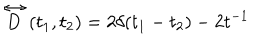
LaTeX: \stackrel { \leftrightarrow } { D } ( t _ { 1 } , t _ { 2 } ) = 2 \delta ( t _ { 1 } - t _ { 2 } ) - 2 t ^ { - 1 }